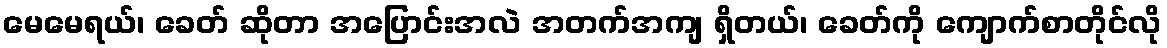
မေမေရယ်၊ ခေတ် ဆိုတာ အပြောင်းအလဲ အတက်အကျ ရှိတယ်၊ ခေတ်ကို ကျောက်စာတိုင်လို